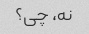
نه، چی؟